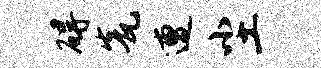
碍瓮遭尘